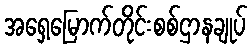
အရှေ့မြောက်တိုင်းစစ်ဌာနချုပ်